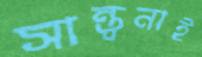
সান্ত্বনাই